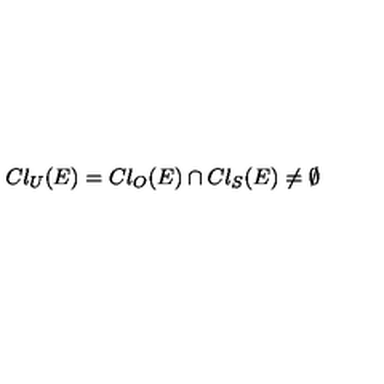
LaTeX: C l _ { U } ( E ) = C l _ { O } ( E ) \cap C l _ { S } ( E ) \ne \emptyset